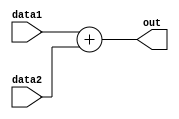
module adder(data1, data2, out);
	input [31:0] data1, data2;
	output [31:0] out;

	assign out = data1 + data2;

endmodule